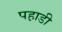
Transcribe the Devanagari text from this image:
पह़ाडी